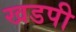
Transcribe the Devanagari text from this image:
खडपी